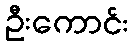
ဦးကောင်း